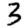
Digit: 3